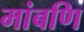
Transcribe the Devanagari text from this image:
मांबणि